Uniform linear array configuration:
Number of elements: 16
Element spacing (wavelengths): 0.75
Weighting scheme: blackman
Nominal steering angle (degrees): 60
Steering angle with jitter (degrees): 60.472
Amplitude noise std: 0.05
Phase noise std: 0.05

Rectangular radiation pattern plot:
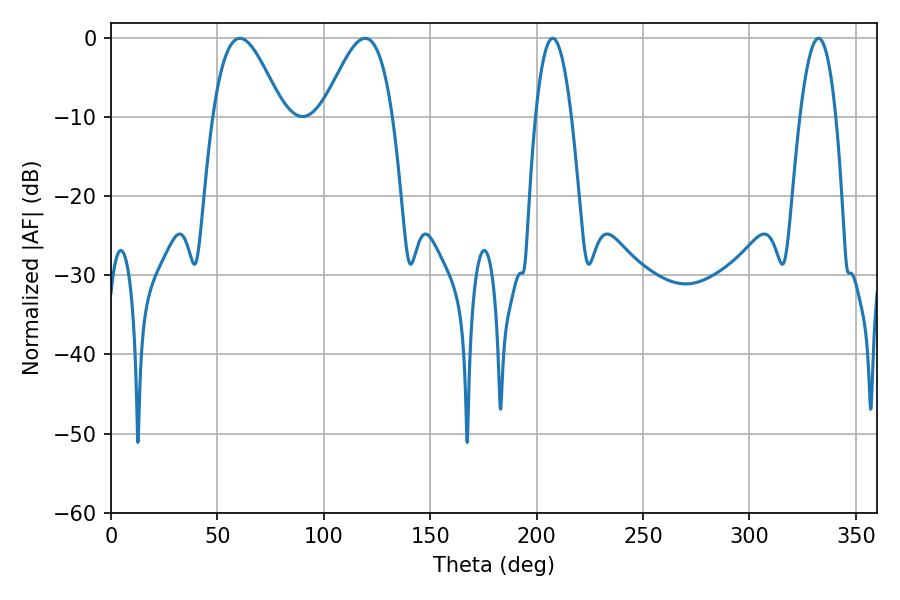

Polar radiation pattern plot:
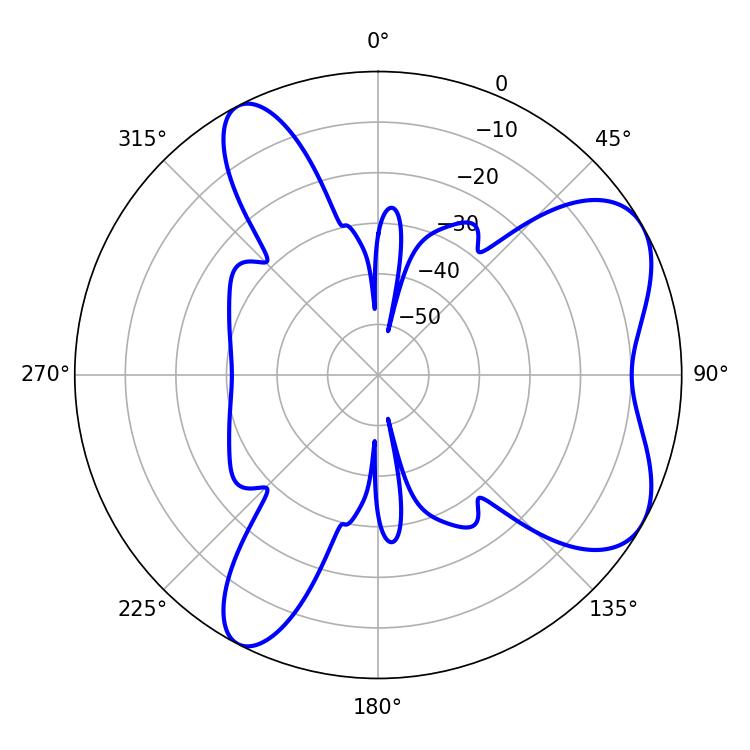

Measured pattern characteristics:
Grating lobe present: TRUE
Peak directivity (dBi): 6.413
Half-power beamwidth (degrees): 9.18
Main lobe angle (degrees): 207.54